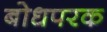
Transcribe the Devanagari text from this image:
बोधपरक